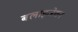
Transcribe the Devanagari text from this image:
बलाइजेशन